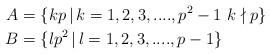
LaTeX: \begin{align*} A &=\{kp\,|\,k= 1,2,3,....,p^2-1\, \, k\nmid p \} \\ B &=\{lp^2\,|\,l= 1,2,3,....,p-1 \} \end{align*}